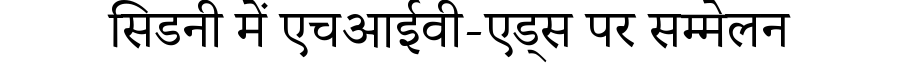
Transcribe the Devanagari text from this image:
सिडनी में एचआईवी-एड्स पर सम्मेलन